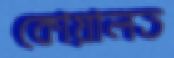
কোয়ালত